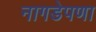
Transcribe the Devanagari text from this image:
नागडेपणा